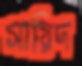
সায়িদ